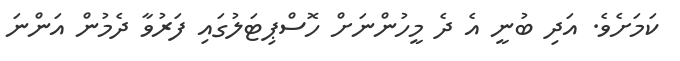
ކަމަށެވެ. އަދި ބުނީ އެ ދެ މީހުންނަށް ހޮސްޕިޓަލުގައި ފަރުވާ ދެމުން އަންނަ